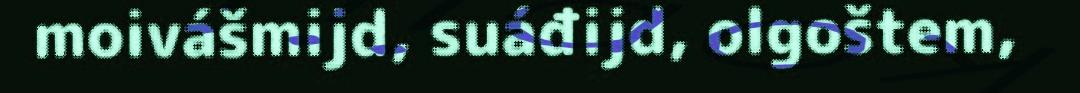
moivášmijd, suáđijd, olgoštem,